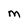
Character: M